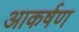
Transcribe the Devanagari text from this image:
आकर्षण्‍ा